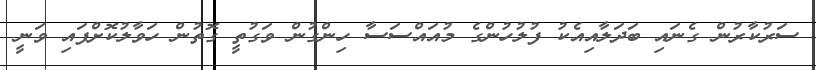
ސަރުކާރުން ގެނައި ބަދަލާއިއެކު ފުލުހުންގެ މުއައްސަސާ ހިންގުން ވަގުތީ ގޮތުން ހަވާލުކޮށްފައި ވަނީ